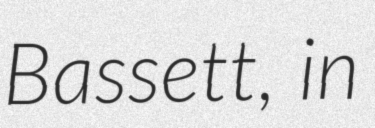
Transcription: Bassett, in